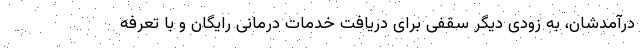
درآمدشان، به زودی دیگر سقفی برای دریافت خدمات درمانی رایگان و با تعرفه